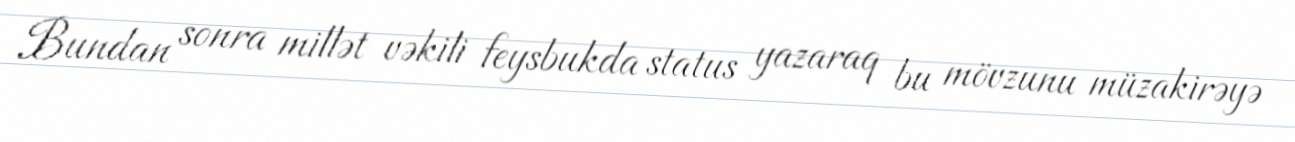
Bundan sonra millət vəkili feysbukda status yazaraq bu mövzunu müzakirəyə